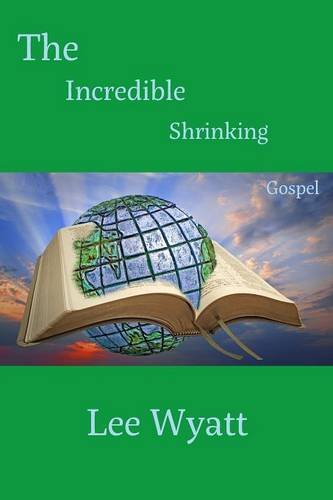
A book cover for The Incredible Shrinking Gospel; Lee a. Wyatt; Christian Books & Bibles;